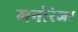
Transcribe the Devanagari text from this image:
मनोरंजर